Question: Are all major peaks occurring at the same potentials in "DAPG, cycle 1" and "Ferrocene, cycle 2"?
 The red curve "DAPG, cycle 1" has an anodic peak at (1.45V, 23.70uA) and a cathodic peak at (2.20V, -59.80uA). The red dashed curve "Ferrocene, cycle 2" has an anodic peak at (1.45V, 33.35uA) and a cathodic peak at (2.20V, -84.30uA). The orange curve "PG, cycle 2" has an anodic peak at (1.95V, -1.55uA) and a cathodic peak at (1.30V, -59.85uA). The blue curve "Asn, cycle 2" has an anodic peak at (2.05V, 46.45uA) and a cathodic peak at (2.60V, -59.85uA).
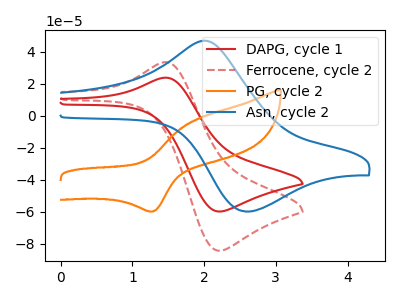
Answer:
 <answer>Yes, "DAPG, cycle 1" have a peak in "Ferrocene, cycle 2" at the same potential.</answer>
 <eval>match</eval>